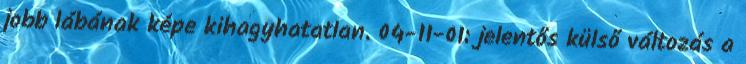
jobb lábának képe kihagyhatatlan. 04-11-01: jelentős külső változás a